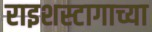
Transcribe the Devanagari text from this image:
राइशस्टागाच्या